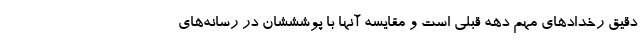
دقیق رخدادهای مهم دهه قبلی است و مقایسه آنها با پوشششان در رسانه‌های